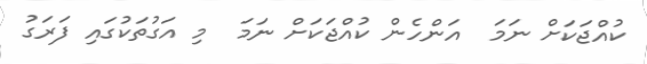
ކުއްޖަކަށް ނަމަ  އަންހެން ކުއްޖަކަށް ނަމަ  މި އަގުތަކުގައި ފަރަގު